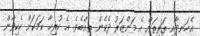
އެހަނދާއި ތަރިތަށް އެ މަންޒަރު ދެކެން ތިއްބެވެ. އެ ހުރިހާ ކަމަކަށް ހެކިވާން